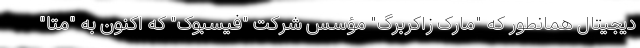
دیجیتال همانطور که "مارک زاکربرگ" مؤسس شرکت "فیسبوک" که اکنون به "متا"